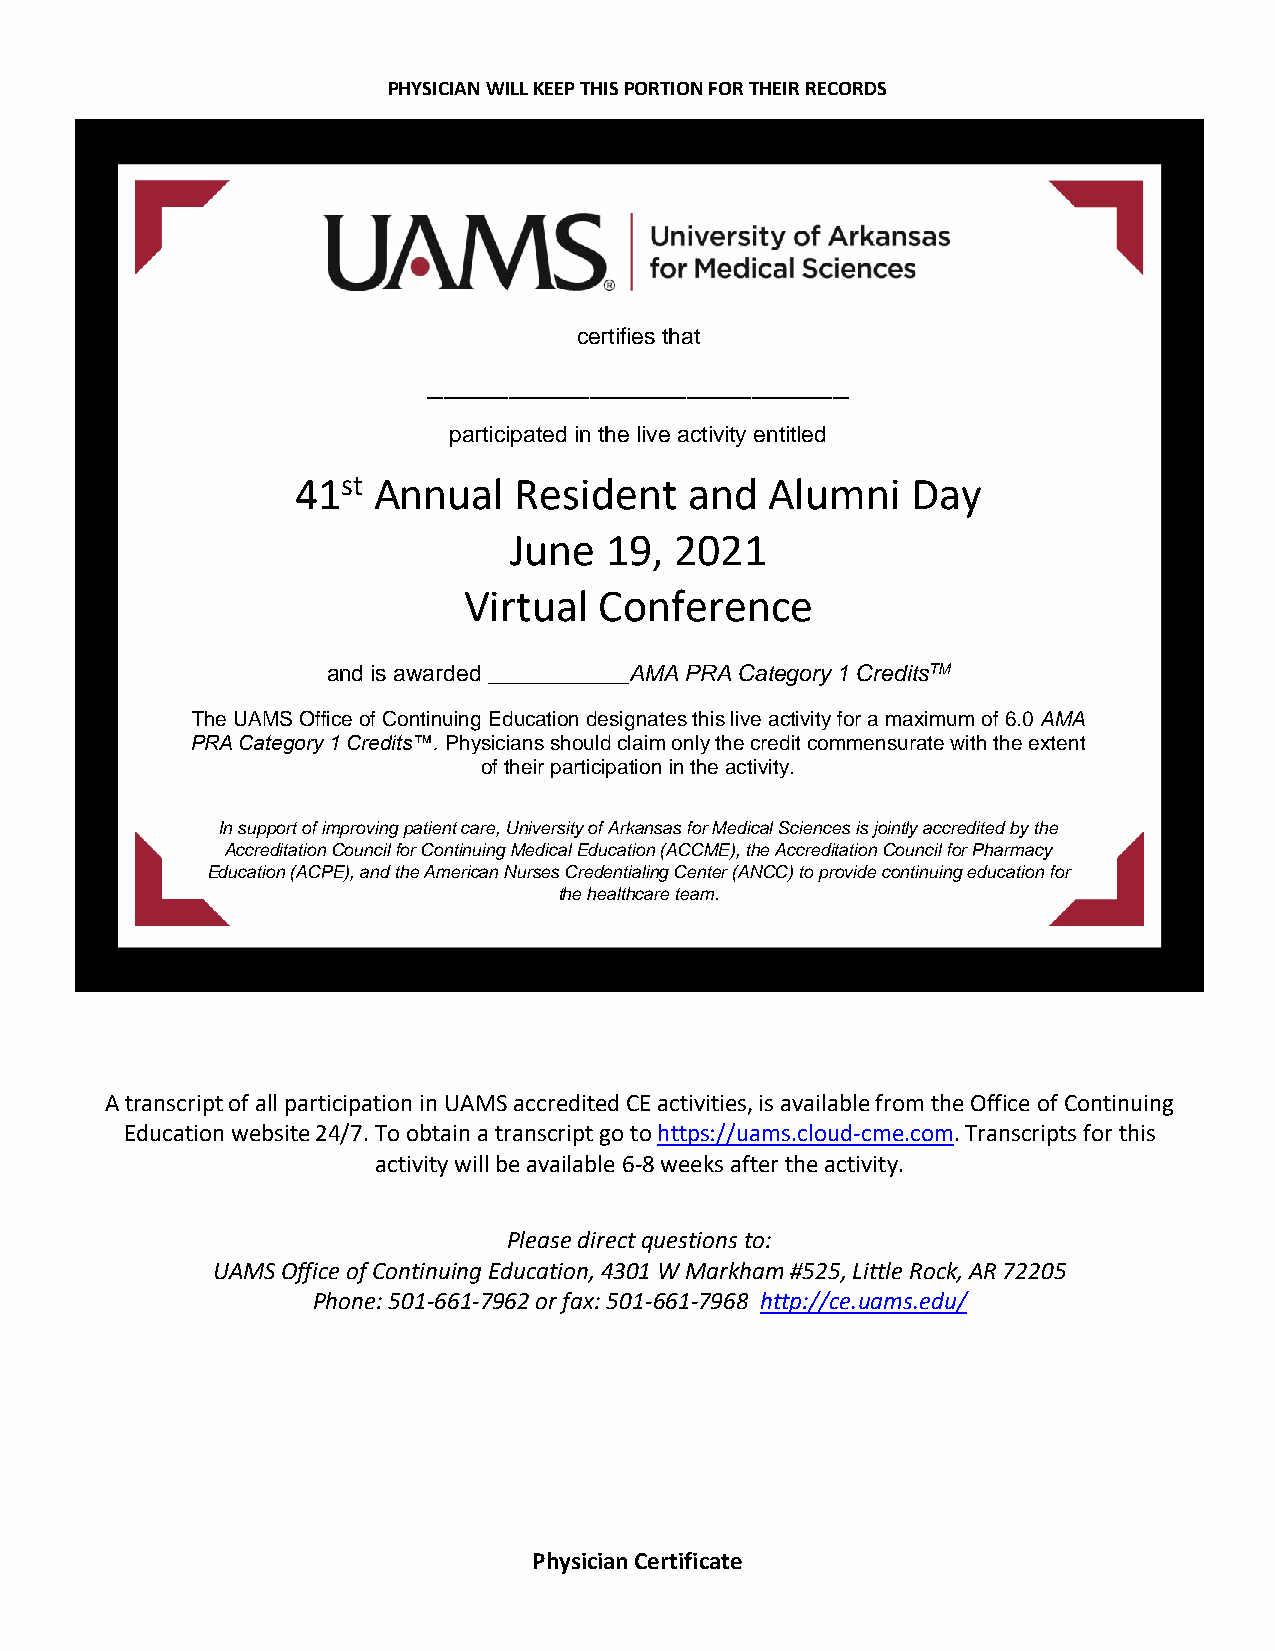
PHYSICIAN WILL KEEP THIS PORTION FOR THEIR RECORDS
 certifies that
 __________________________
 participated in the live activity entitled
 41st Annual   Resident    and  Alumni   Day
 June  19,  2021
 Virtual  Conference
 and is awarded ___________AMA PRA Category 1 CreditsTM
 The UAMS Office of Continuing Education designates this live activity for a maximum of 6.0 AMA
 PRA Category 1 Credits™. Physicians should claim only the credit commensurate with the extent
 of their participation in the activity.
 In support of improving patient care, University of Arkansas for Medical Sciences is jointly accredited by the
 Accreditation Council for Continuing Medical Education (ACCME), the Accreditation Council for Pharmacy
 Education (ACPE), and the American Nurses Credentialing Center (ANCC) to provide continuing education for
 the healthcare team.
 A transcript of all participation in UAMS accredited CE activities, is available from the Office of Continuing
 Education website 24/7. To obtain a transcript go to https://uams.cloud-cme.com. Transcripts for this
 activity will be available 6-8 weeks after the activity.
 Please direct questions to:
 UAMS Office of Continuing Education, 4301 W Markham #525, Little Rock, AR 72205
 Phone: 501-661-7962 or fax: 501-661-7968 http://ce.uams.edu/
 Physician Certificate